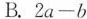
B.$$2a-b$$